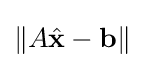
\left\|A{\hat {\mathbf {x} }}-\mathbf {b} \right\|